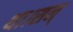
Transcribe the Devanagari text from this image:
था।सन्